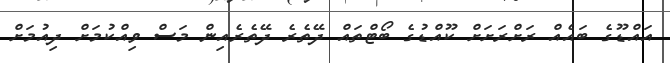
އައްޑޫގެ ބައެއް ރަށްރަށަށް ކޫއްޑުގެ ބޯޓްތައް ދޭތެރެ ދޭތެރެއިން މަސް ވިއްކުމަށް ދިއުމަށް